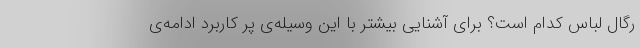
رگال لباس کدام است؟ برای آشنایی بیشتر با این وسیله‌ی پر کاربرد ادامه‌ی